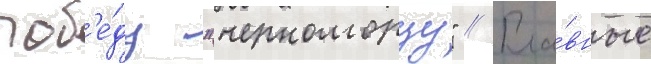
поб'е́ду "черноморцу" // Гла́вные